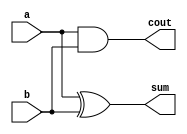
module half_adder(
	output cout, sum,
	input a,b
	);
	xor M1 (sum, a, b);
	and M2 (cout, a, b);
endmodule